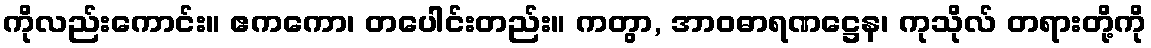
ကိုလည်းကောင်း။ ဧကကော၊ တပေါင်းတည်း။ ကတွာ, အာဝဓာရဏဋ္ဌေန၊ ကုသိုလ် တရားတို့ကို